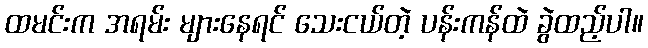
ထမင်းက အရမ်း များနေရင် သေးငယ်တဲ့ ပန်းကန်ထဲ ခွဲထည့်ပါ။